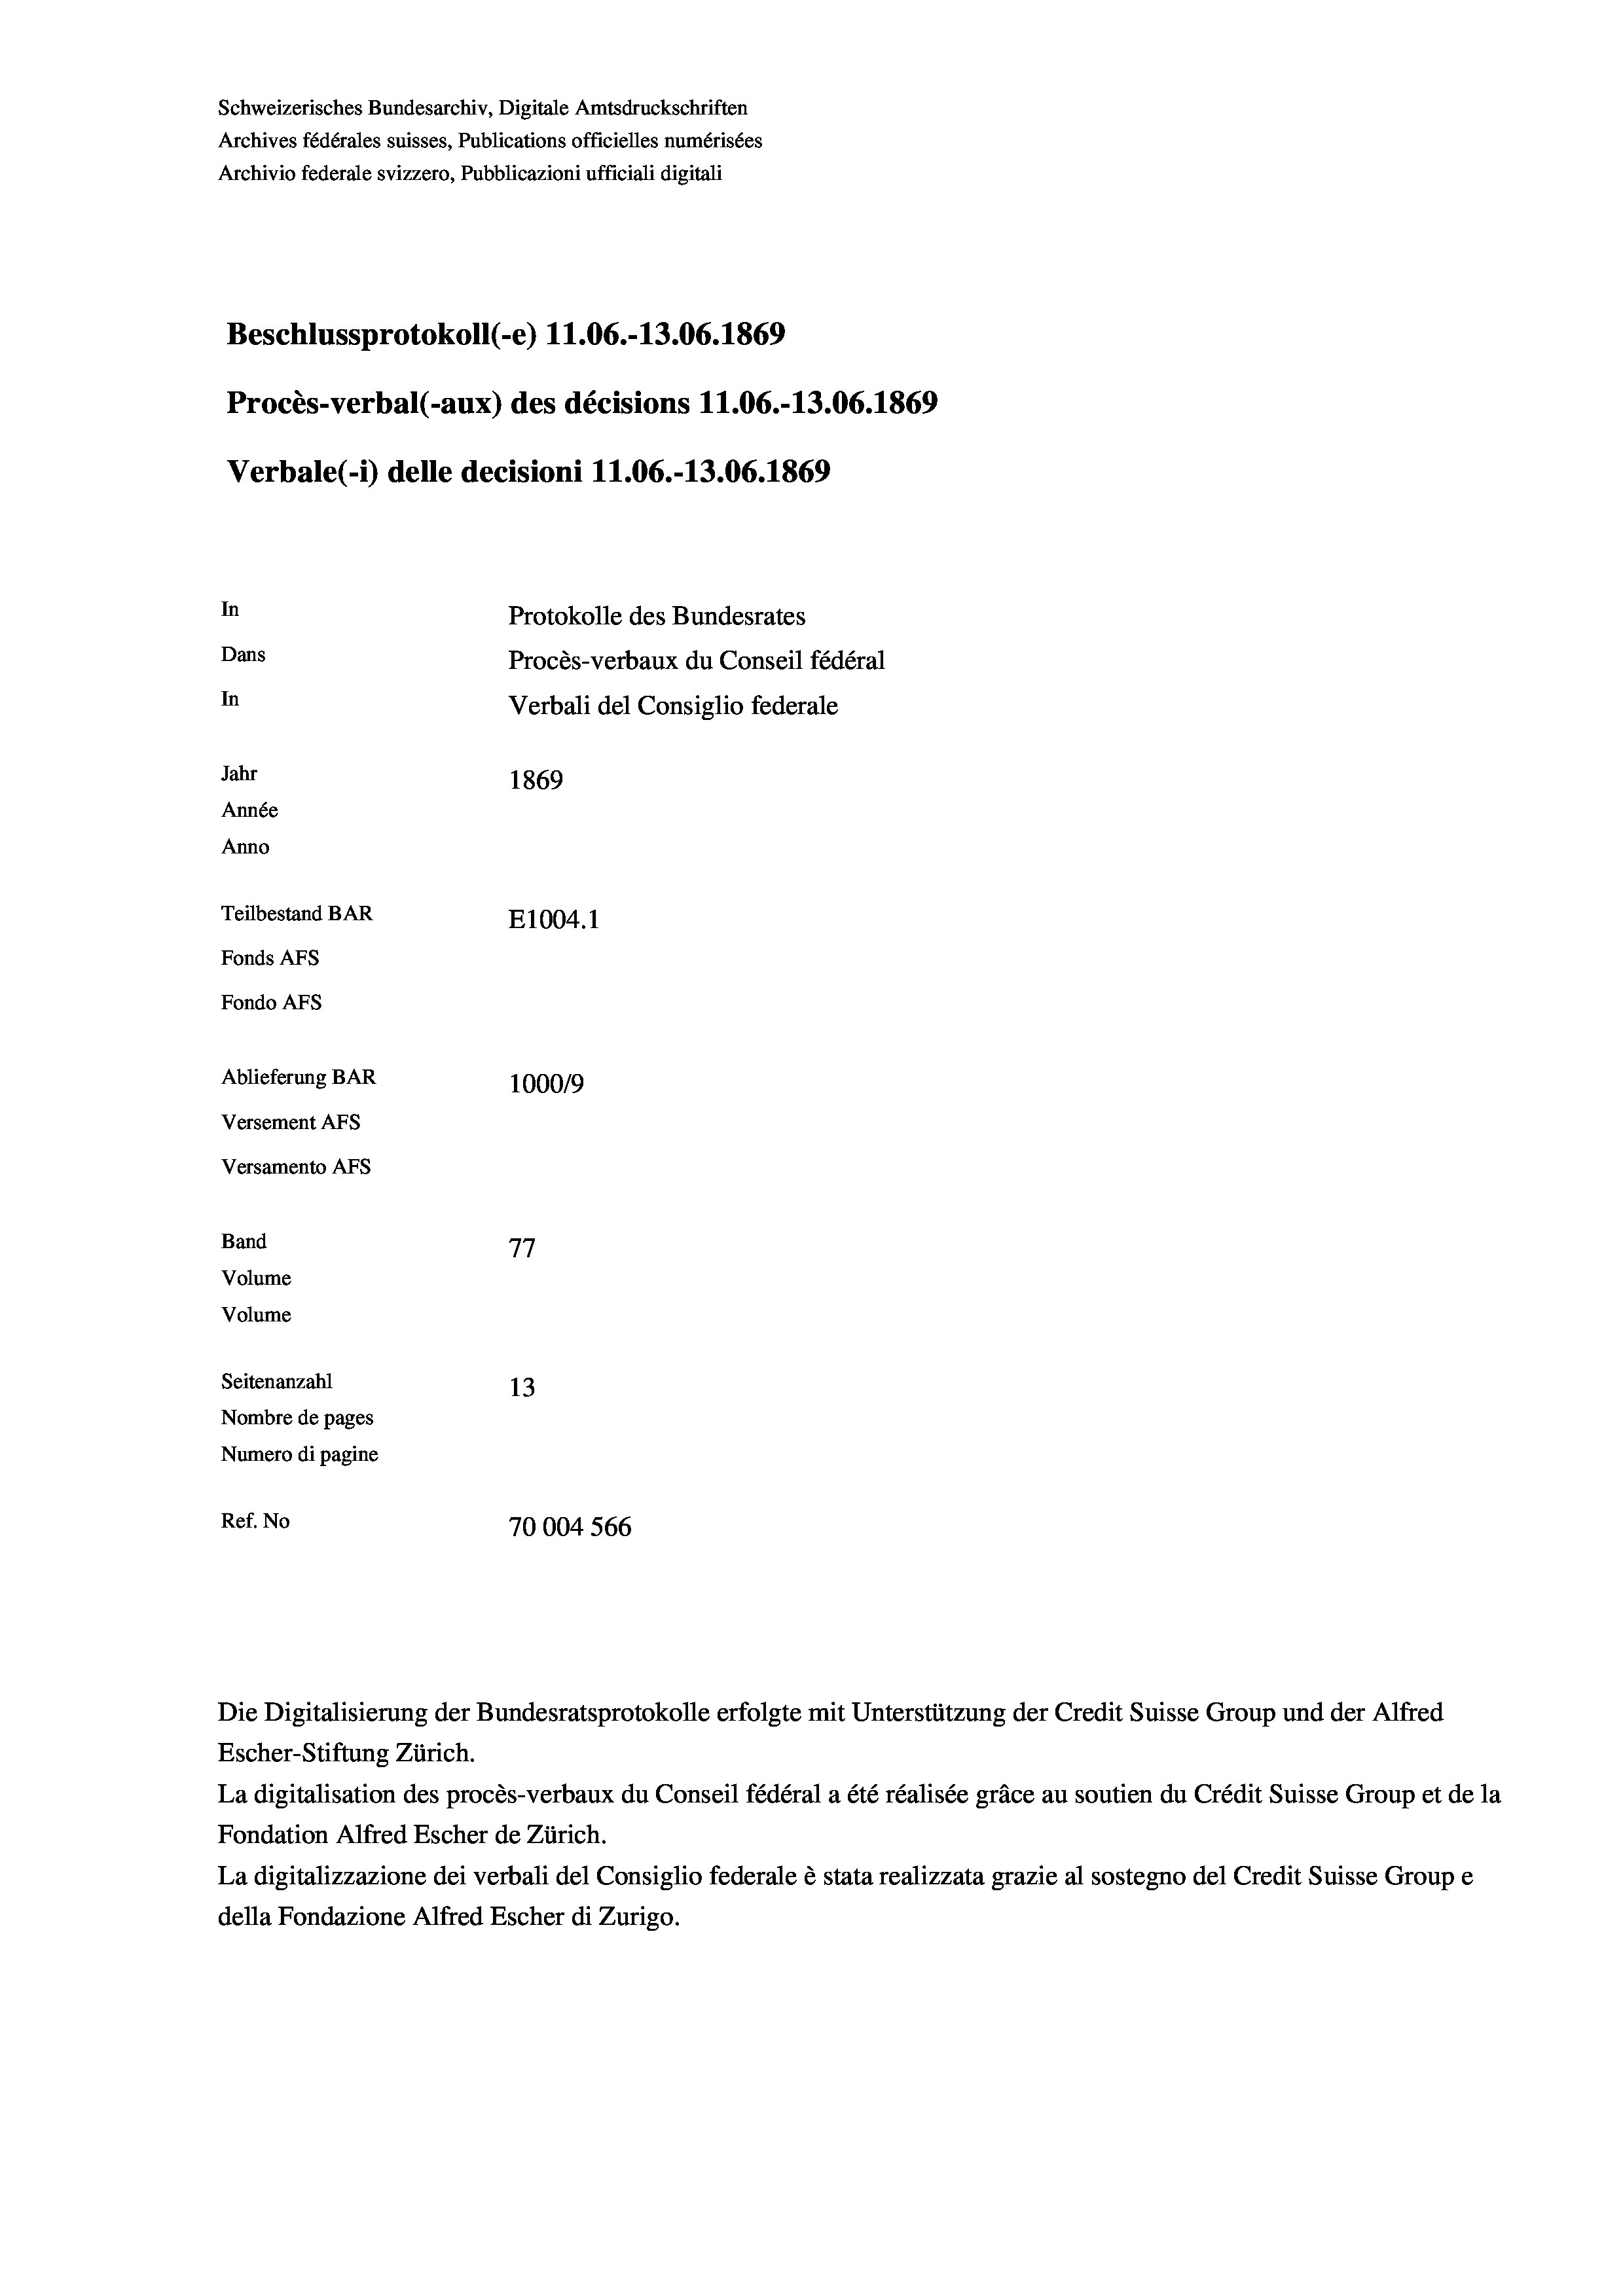
Schweizerisches Bundesarchiv, Digitale Amtsdruckschriften
Archives fédérales suisses, Publications officielles numérisées
Archivio federale svizzero, Pubblicazioni ufficiali digitali
Beschlussprotokoll (e) 11.06.-13.06. 1869
Procès-verbal (-aux) des décisions 11.06.-13.06. 1869
Verbale (i) delle decisioni 11.06.-13.06. 1869
In
Protokolle des Bundesrates
Dans
Procès-verbaux du Conseil fédéral
In
Verbali del Consiglio federale
Jahr
1869
Année
Anno
Teilbestand BAR
E1004. 1
Fonds AFs
Fondo Afs
Ablieferung BAR
100019
Versement AFs
Versamento AFs
Band
77
Volume
Volume
Seitenanzahl
13
Nombre de pages
Numero di pagine
Ref. No
70004 566

Escher-Stiftung Zürich.
La digitalisation des procès-verbaux du Conseil fédéral a été réalisée gräce au soutien du Crédit Suisse Group et de la
Fondation Alfred Escher de Zürich.
La digitalizzazione dei verbali del Consiglio federale è stata realizzata grazie al sostegno del Credit Suisse Groupe
della Fondazione Alfred Escher di Zurigo.

Die Digitalisierung der Bundesratsprotokolle erfolgte mit Unterstützung der Credit Suisse Group und der Alfred